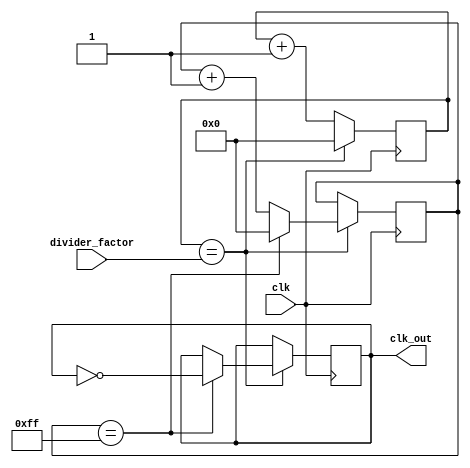
module floating_point_clock_divider (
  input clk,
  input [7:0] divider_factor,
  output reg clk_out
);

reg [7:0] count;
reg [7:0] fraction_count;

always @(posedge clk) begin
  count <= count + 1;
  
  if (count == divider_factor) begin
    count <= 0;
    fraction_count <= fraction_count + 1;
    
    if (fraction_count == 255) begin
      fraction_count <= 0;
      clk_out <= ~clk_out;
    end
  end
end

endmodule